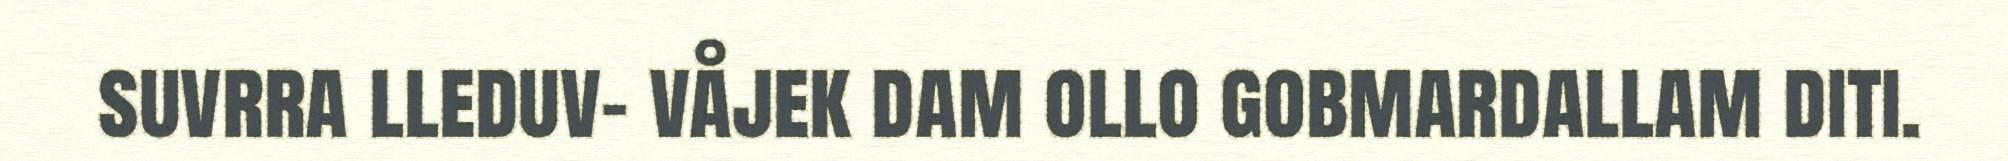
suvrra lleduv- våjek dam ollo gobmardallam diti.